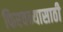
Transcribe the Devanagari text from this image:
फिरवन्यासाठी